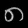
Digit: ၈